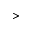
>